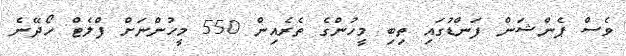
ވެސް ޕެންޝަން ފަންޑުގައި ތިބި މީހުންގެ ތެރެއިން 550 މީހުންނަށް ފްލެޓް ހޯދޭނެ